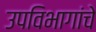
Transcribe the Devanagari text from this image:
उपविभागांचे